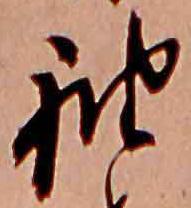
袖